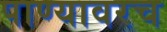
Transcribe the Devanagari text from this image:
पाण्यावरच